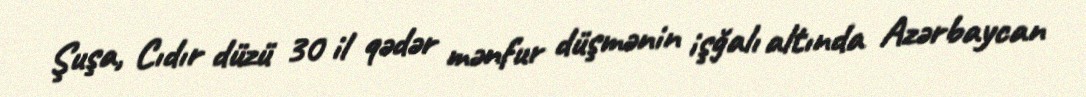
Şuşa, Cıdır düzü 30 il qədər mənfur düşmənin işğalı altında Azərbaycan